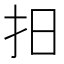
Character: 抇